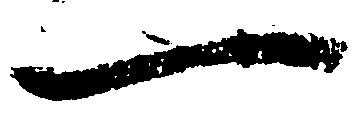
一